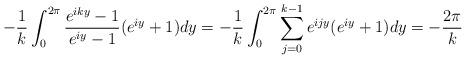
LaTeX: \begin{align*} -\frac{1}{k} \int_{0}^{2\pi} \frac{e^{iky} - 1}{e^{iy} - 1}(e^{iy} + 1) dy = -\frac{1}{k} \int_{0}^{2\pi} \sum_{j=0}^{k-1} e^{ijy} (e^{iy} + 1) dy = -\frac{2\pi}{k}\end{align*}